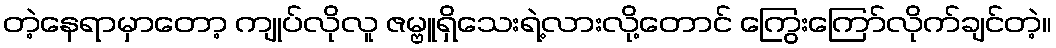
တဲ့နေရာမှာတော့ ကျုပ်လိုလူ ဇမ္ဗူရှိသေးရဲ့လားလို့တောင် ကြွေးကြော်လိုက်ချင်တဲ့။